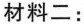
材料二：